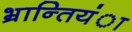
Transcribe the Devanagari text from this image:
भ्रान्तियंा